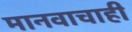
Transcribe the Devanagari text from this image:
मानवाचाही